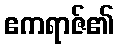
ဧကရာဇ်၏